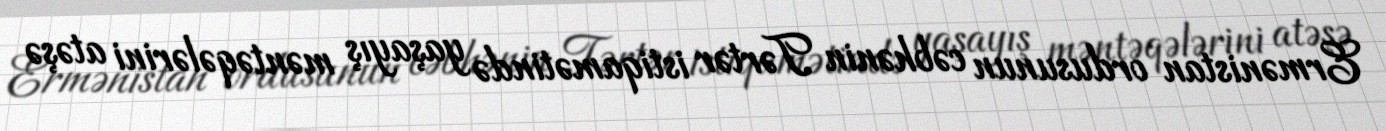
Ermənistan ordusunun cəbhənin Tərtər istiqamətində yaşayış məntəqələrini atəşə